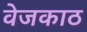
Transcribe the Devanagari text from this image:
वेजकाठ